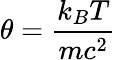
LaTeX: \theta=\frac{k_{B}T}{mc^{2}}